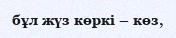
бұл жүз көркі – көз,